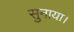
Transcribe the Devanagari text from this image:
सुनाया।